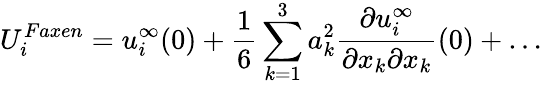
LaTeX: U_{i}^{Faxen}=u_{i}^{\infty}(0)+\frac{1}{6}\sum_{k=1}^{3}a_{k}^{2}\frac{\partial u_{i}^{\infty}}{\partial x_{k}\partial x_{k}}(0)+\dots